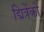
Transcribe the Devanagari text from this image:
द्मित्रेंको